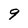
Character: 9